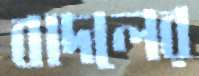
বাদলের